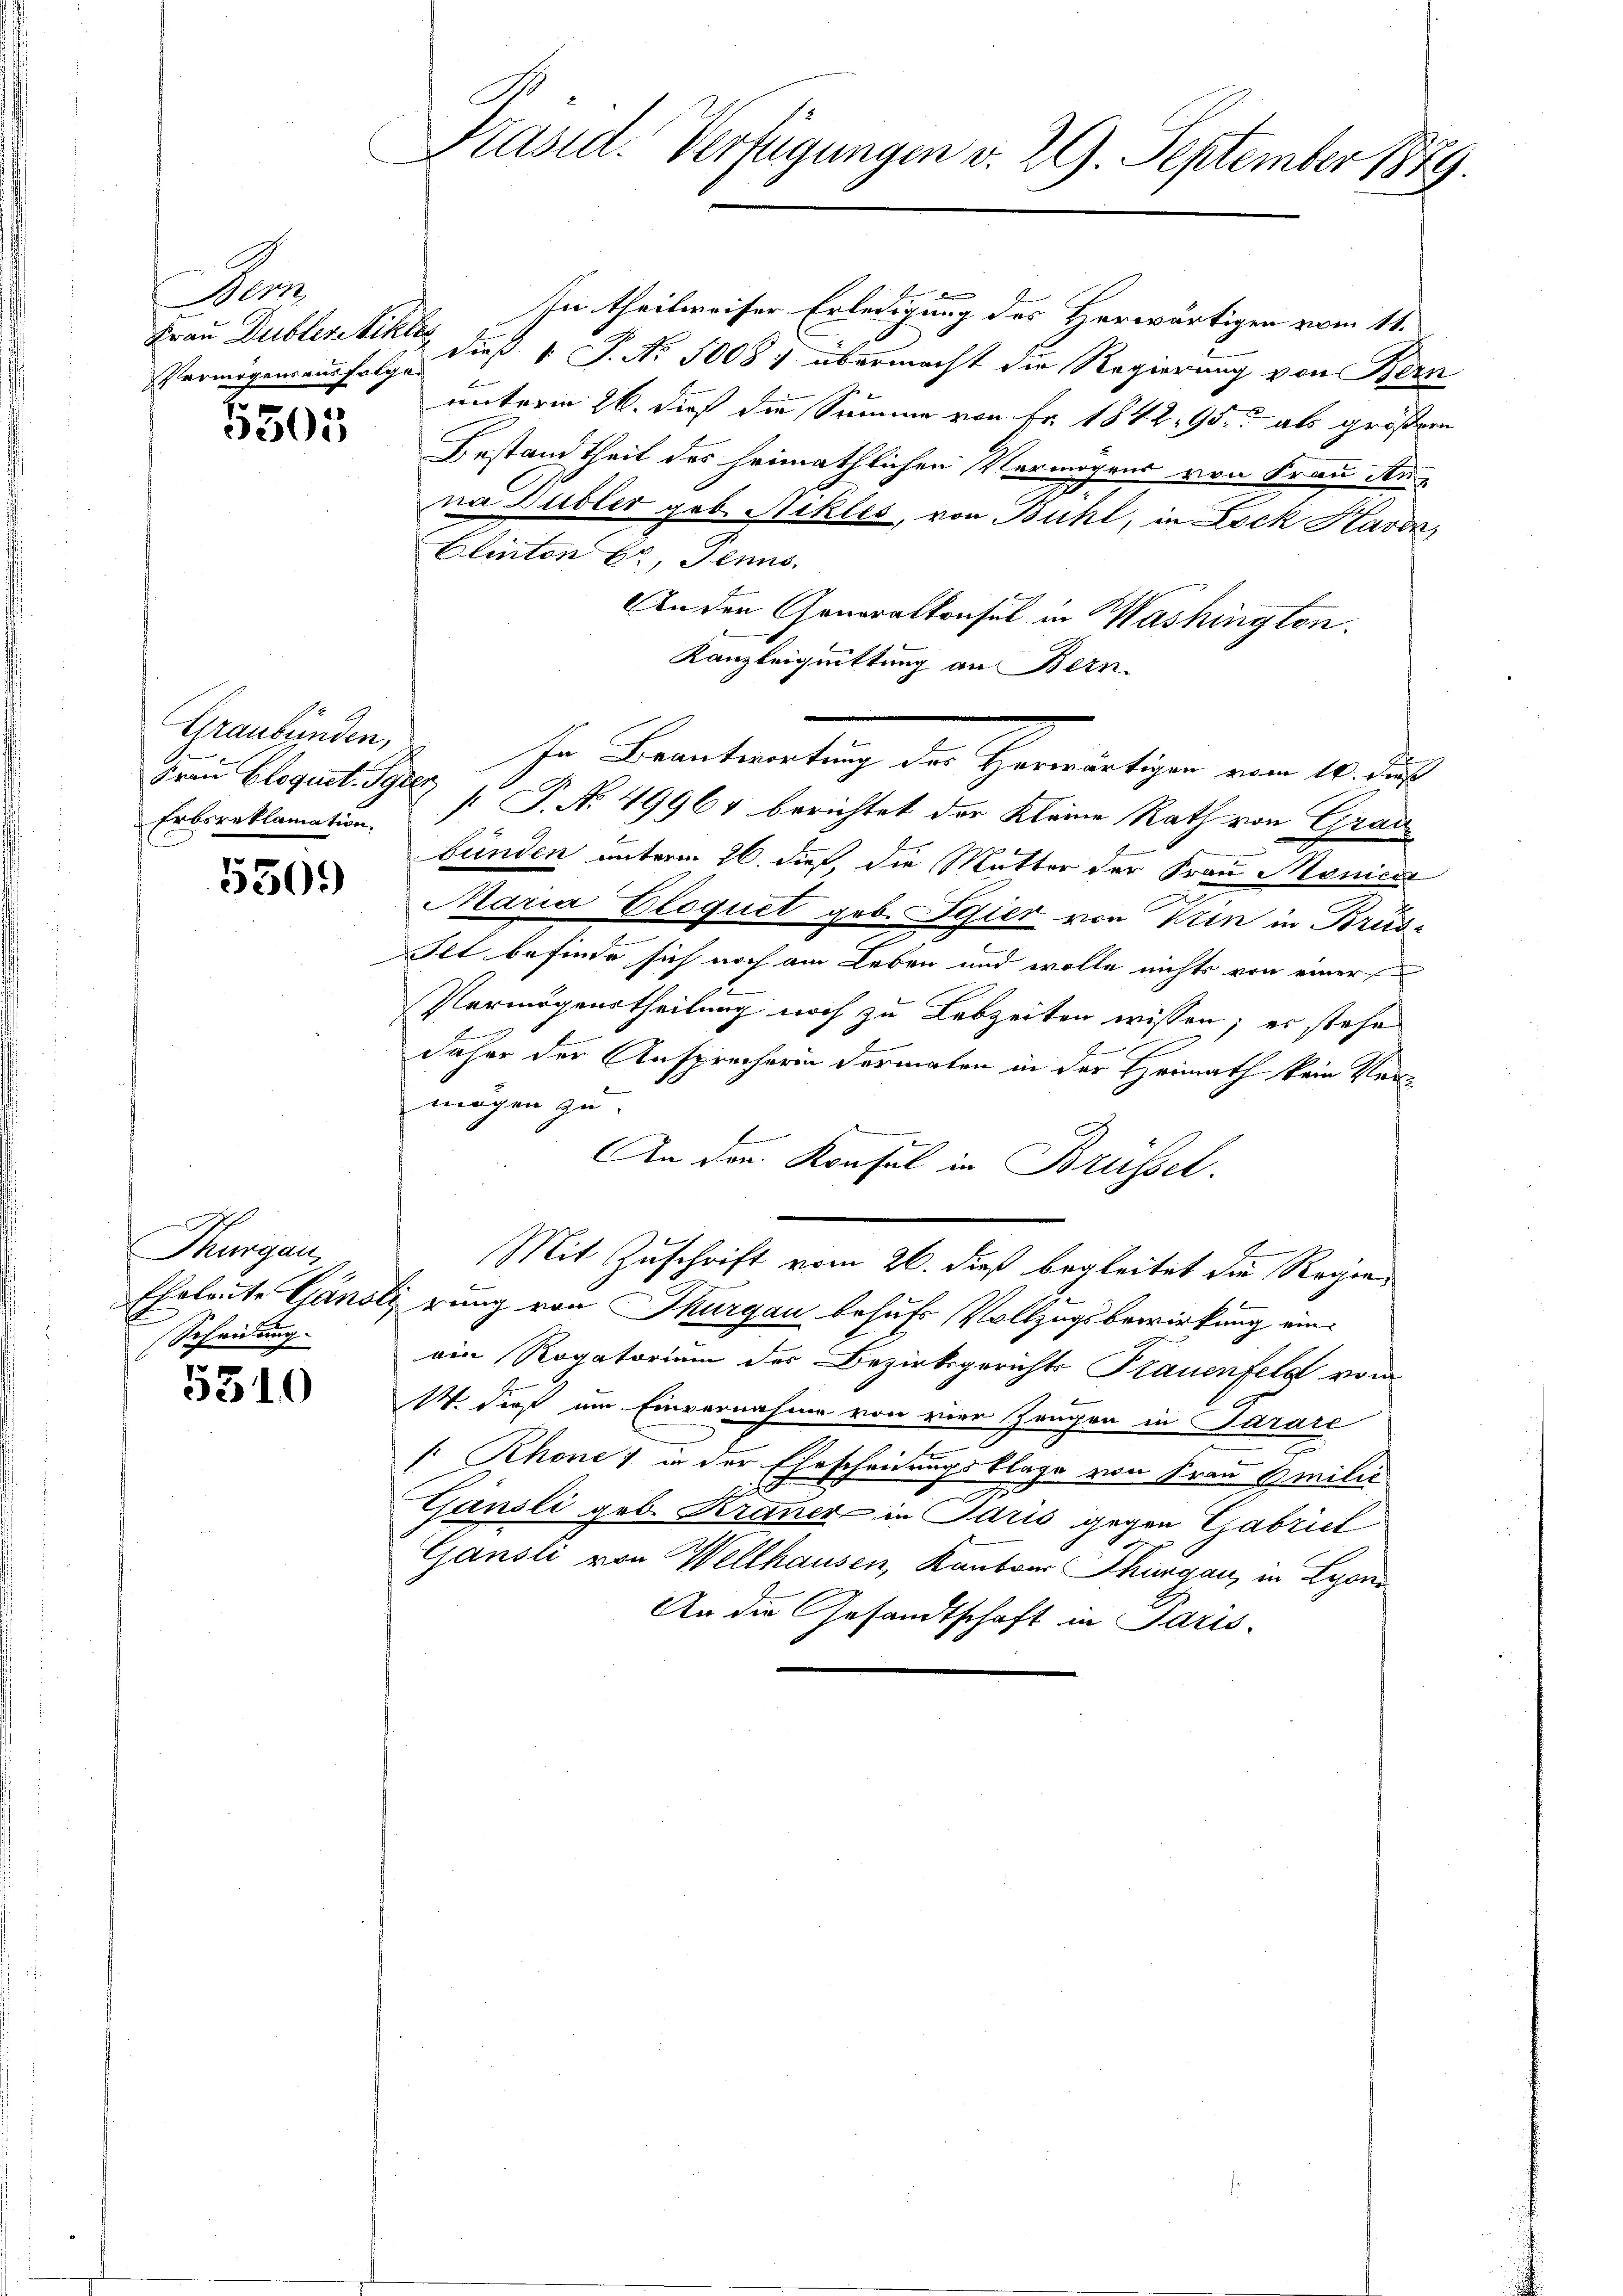
A
Frau Dubler Niklas

5505

Graubünden,
Erbsreklamation.

n
330)

Thurgau,
Eheleute Gänse
Scheidung

5510

b
Präsid-Verfügungen d. 29. September 1849.

In theilweiser Erledigung des Herwärtigen vom 11.
Vermögen auf dieß 1 S. Nr. 50084 übermacht die Regierung von Bern
unterm 26. dieß die Summe von Fr. 1842. 95. als größern
Bestandtheil des heimathlichen Vermögens von Frau den-
na Dudler geb. Ackles, von Bühl, in Lock Havon,
Elinton Er, Tenns.
An den Generalkonsul in Washington.
Kanzleiquittung an Bern.
Frau Elogust Gyr  P. No. 49961 berichtet der Kleine Rath von Grad
bünden unterm 26. dieß, die Mutter der Frau Monicie
Maria Eloquet geb. Spier von Trin in Brüs¬
Itt befinde sich noch am Leben und wolle nichts von einer
Vermögenstheilung noch zu Lebzeiten wissen; es stehe
f
daher der Ansprücherin dermalen in der Heimath kein kleimögen zu
An der Konsul in Brüssel.
b
Mit Zuschrift vom 26. dieß begleitet die Regie¬
S rung von Thurgau behufs Vollzugsbewirkung einein Rogatorium des Bezirksgerichts Prauenfeld von
W. dieß um Einvernahme von vier Zeugen in Sarare
: Rhone; in der Ehescheidungsklage von Frau Emilie
h
n
Gansli geb. Kraner in Paris gegen Gabriel
Gansli von Wellhausen, Kantons Thurgau, in Lyon
An die Gesandtschaft in Paris.

hr Vertretung der Gemütigen vom 10 des